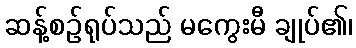
ဆန့်စဉ်ရုပ်သည် မကွေးမီ ချုပ်၏၊